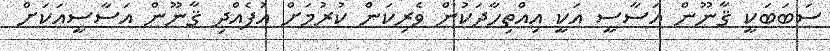
ސަބަބަކީ ޤާނޫން އަސާސީ އަކީ އިއްތިހާދަކުން ވެރިކަން ކުރުމަށް އުފެއްދި ޤާނޫން އަސާސީއަކަށް